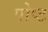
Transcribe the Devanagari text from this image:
पोष्‍ट